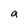
Character: a